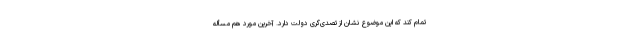
تمام کند که این موضوع نشان از تصدی‌گری دولت دارد. آخرین مورد هم مسأله